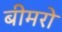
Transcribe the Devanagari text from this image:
बीमरो